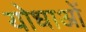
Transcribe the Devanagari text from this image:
योधाओं